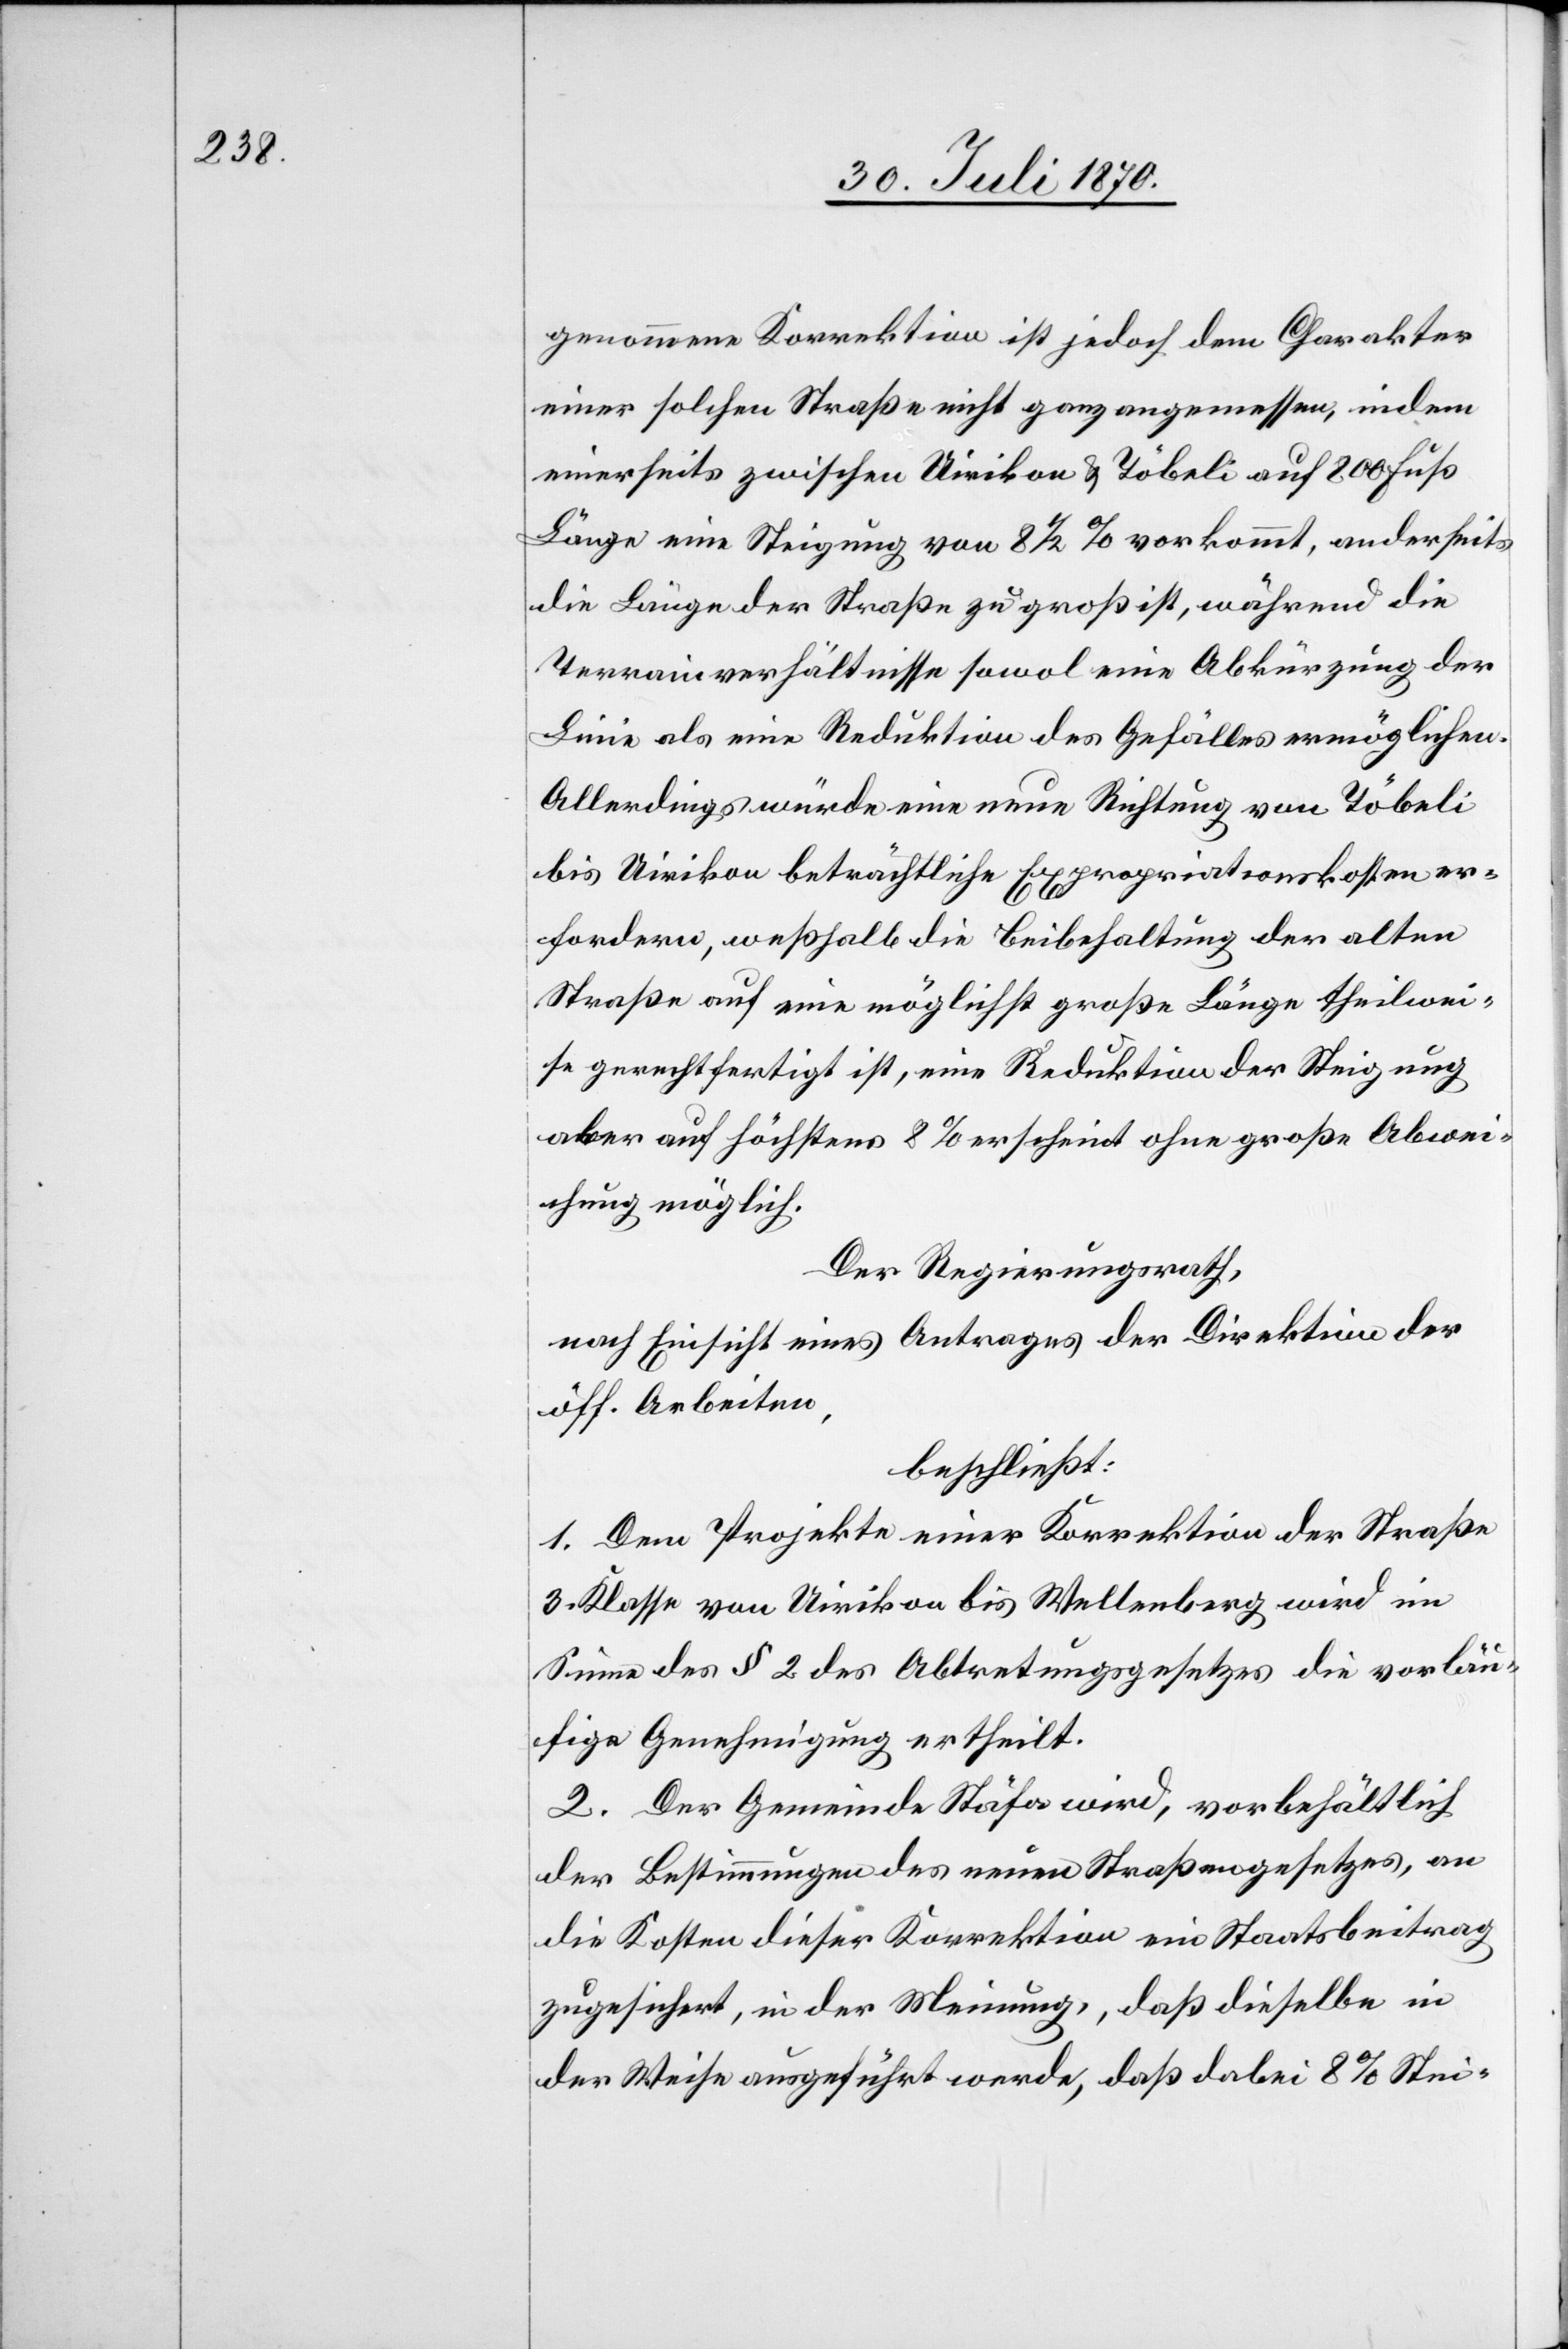
genommene Korrektion ist jedoch dem Charakter
einer solchen Straße nicht ganz angemessen, indem
einerseits zwischen Uirikon & Töbeli auf 800 Fuß
Länge eine Steigung von 8 1/2% vorkommt, anderseits
die Länge der Straße zu groß ist, während die
Terrainverhältnisse sowol eine Abkürzung der
Linie als eine Reduktion des Gefälles ermöglichen.
Allerdings würde eine neue Richtung von Töbeli
bis Uirikon beträchtliche Expropriationskosten er¬
fordern, weßhalb die Beibehaltung der alten
Straße auf eine möglichst große Länge theilwei¬
se gerechtfertigt ist, eine Reduktion der Steigung
Abweichung möglich.
Der Regierungsrath,
nach Einsicht eines Antrages der Direktion der
öff. Arbeiten,
beschließt:
1. Dem Projekte einer Korrektion der Straße
3. Klasse von Uirikon bis Wellenberg wird im
Sinne des § 2 des Abtretungsgesetzes die vorläu¬
fige Genehmigung ertheilt.
2. Der Gemeinde Stäfa wird, vorbehältlich
der Bestimmungen des neuen Straßengesetzes, an
die Kosten dieser Korrektion ein Staatsbeitrag
zugesichert, in der Meinung, daß dieselbe in
der Weise ausgeführt werde, daß dabei 8% Stei-